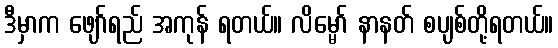
ဒီမှာက ဖျော်ရည် အကုန် ရတယ်။ လိမ္မော် နာနတ် စပျစ်တို့ရတယ်။